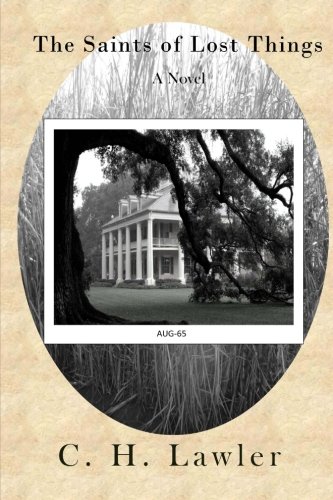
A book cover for The Saints of Lost Things; C H Lawler; Romance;